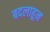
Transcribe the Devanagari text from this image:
बदलाहून